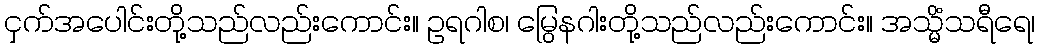
ငှက်အပေါင်းတို့သည်လည်းကောင်း။ ဥရဂါစ၊ မြွေနဂါးတို့သည်လည်းကောင်း။ အသ္မိံသရီရေ၊